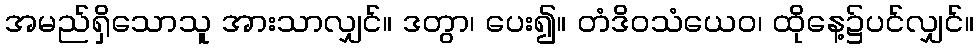
အမည်ရှိသောသူ အားသာလျှင်။ ဒတွာ၊ ပေး၍။ တံဒိဝသံယေဝ၊ ထိုနေ့၌ပင်လျှင်။